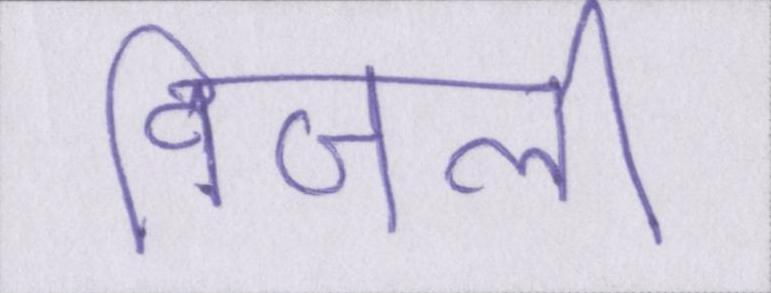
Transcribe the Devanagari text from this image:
विजली